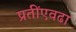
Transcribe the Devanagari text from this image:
प्रतींएवढा